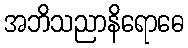
အဘိသညာနိရောဓေ